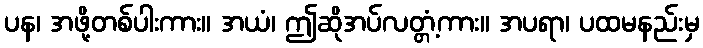
ပန၊ အဖို့တစ်ပါးကား။ အယံ၊ ဤဆိုအပ်လတ္တံ့ကား။ အပရာ၊ ပထမနည်းမှ